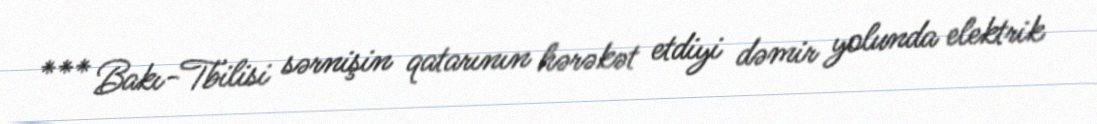
*** Bakı-Tbilisi sərnişin qatarının hərəkət etdiyi dəmir yolunda elektrik